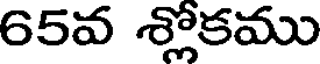
65వ శ్లోకము